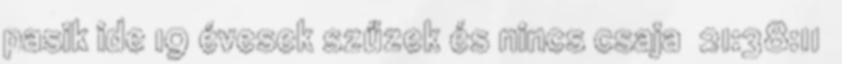
pasik ide 19 évesek szűzek és nincs csaja 21:38:11